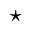
\star